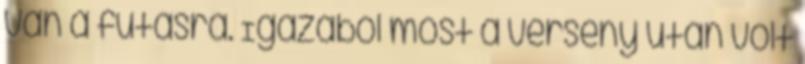
van a futásra. Igazából most a verseny után volt